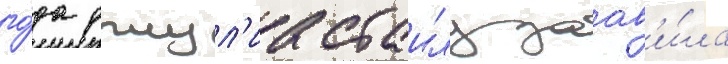
го́да джул'иа стаилз заав'и́ла